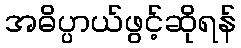
အဓိပ္ပာယ်ဖွင့်ဆိုရန်